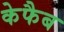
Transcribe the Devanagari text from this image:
केफैब